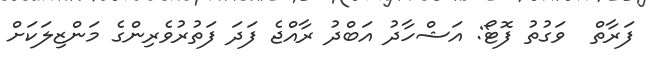
ފަރާތް  ވަގުތު ފޮޓޯ: އަޝްހާދު އަބްދު ރާއްޖެ ފަދަ ފަތުރުވެރިންގެ މަންޒިލަކަށް